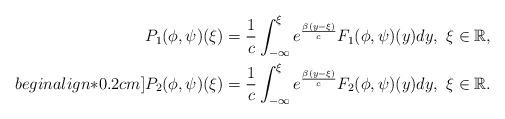
LaTeX: \begin{align*} P_ {1}(\phi,\psi)(\xi)&=\frac{1}{c}\int_{-\infty}^{\xi}e^{\frac{\beta(y-\xi)}{c}}F_ {1}(\phi,\psi)(y) dy, \ \xi\in\mathbb R,\\begin{align*}0.2cm] P_ {2}(\phi,\psi)(\xi)&=\frac{1}{c}\int_{-\infty}^{\xi}e^{\frac{\beta(y-\xi)}{c}}F_ {2}(\phi,\psi)(y) dy,\ \xi\in\mathbb R.\end{align*}